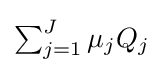
{\textstyle \sum _{j=1}^{J}\mu _{j}Q_{j}}